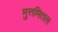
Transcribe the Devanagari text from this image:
मुत्तमितल